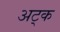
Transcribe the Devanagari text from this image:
अट्क